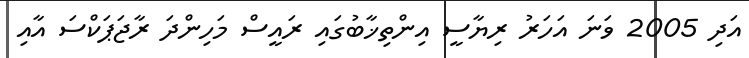
އަދި 2005 ވަނަ އަހަރު ރިޔާސީ އިންތިޚާބުގައި ރައީސް މަހިންދަ ރާޖަޕަކްސަ އާއި